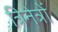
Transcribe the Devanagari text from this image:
त्रिनेत्रों